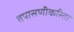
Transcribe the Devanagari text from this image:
तपासणीकरिता